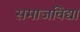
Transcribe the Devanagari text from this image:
समाजविद्या